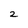
Character: 2